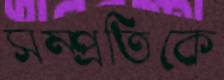
সম্প্রতিকে